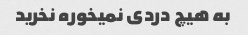
به هیچ دردی نمیخوره نخرید